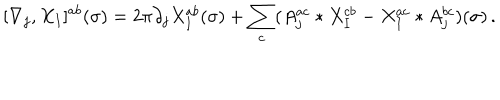
[ \nabla _ { j } , X _ { I } ] ^ { a b } ( \sigma ) = 2 \pi \partial _ { j } X _ { I } ^ { a b } ( \sigma ) + \sum _ { c } ( A _ { j } ^ { a c } \ast X _ { I } ^ { c b } - X _ { I } ^ { a c } \ast A _ { j } ^ { b c } ) ( \sigma ) \, .